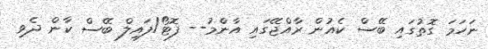
ނަހަމަ ގޮތުގައި ބޭސް ކެއުން ރާއްޖޭގައި އާންމު-- ފޮޓޯ/ފައިލް ބޭސް ކާން ދެވި